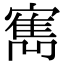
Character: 寯